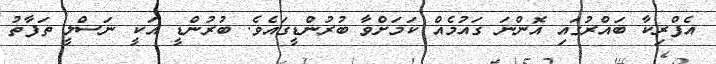
އެފްރިކާ ބައްރުގައި އޮންނަ ގައުމެއް ކަމަށްވާ ބުރުންޑީގައެވެ. ބުރުންޑީ އަކީ ނަސްލީ ތަފާތު